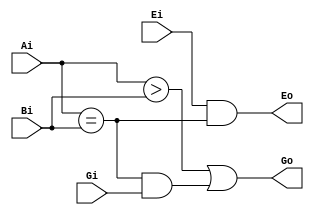
`timescale 1ns/100ps
module cmp(
    input   Gi,
    Ei,
    input   Ai,
    Bi,
    output  Go,
    Eo
  );
  assign  Eo=Ei&&(Ai==Bi);
  assign  Go=(Ai>Bi)||(Ai==Bi)&&Gi;
  //assign  Lo=(~Eo)&&(~Go);//
endmodule